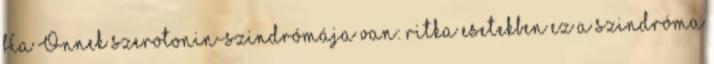
Ha Önnek szerotonin-szindrómája van: ritka esetekben ez a szindróma